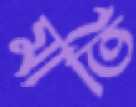
মার্তি